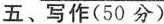
五、写作(50分)